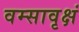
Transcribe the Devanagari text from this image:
वम्सावृक्षं